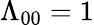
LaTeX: \Lambda_{00}=1